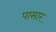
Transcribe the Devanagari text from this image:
पासार